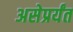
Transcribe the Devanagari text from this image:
असेप्रर्यंत